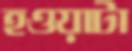
হওয়াটা